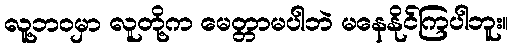
လူ့ဘ၀မှာ လူတို့က မေတ္တာမပါဘဲ မနေနိုင်ကြပါဘူး။